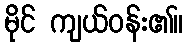
မိုင် ကျယ်ဝန်း၏။